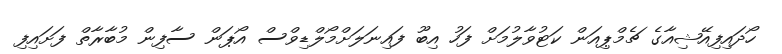
ހޯދައިފިއޭޝިއާގެ ޗެމްޕިއަން ކަޓުވާލުމަށް ފަހު އިބޫ ފައިނަލަށްމޯލްޑިވްސް އޯޕަން ސާފިން މުބާރާތް ފަށައިފި